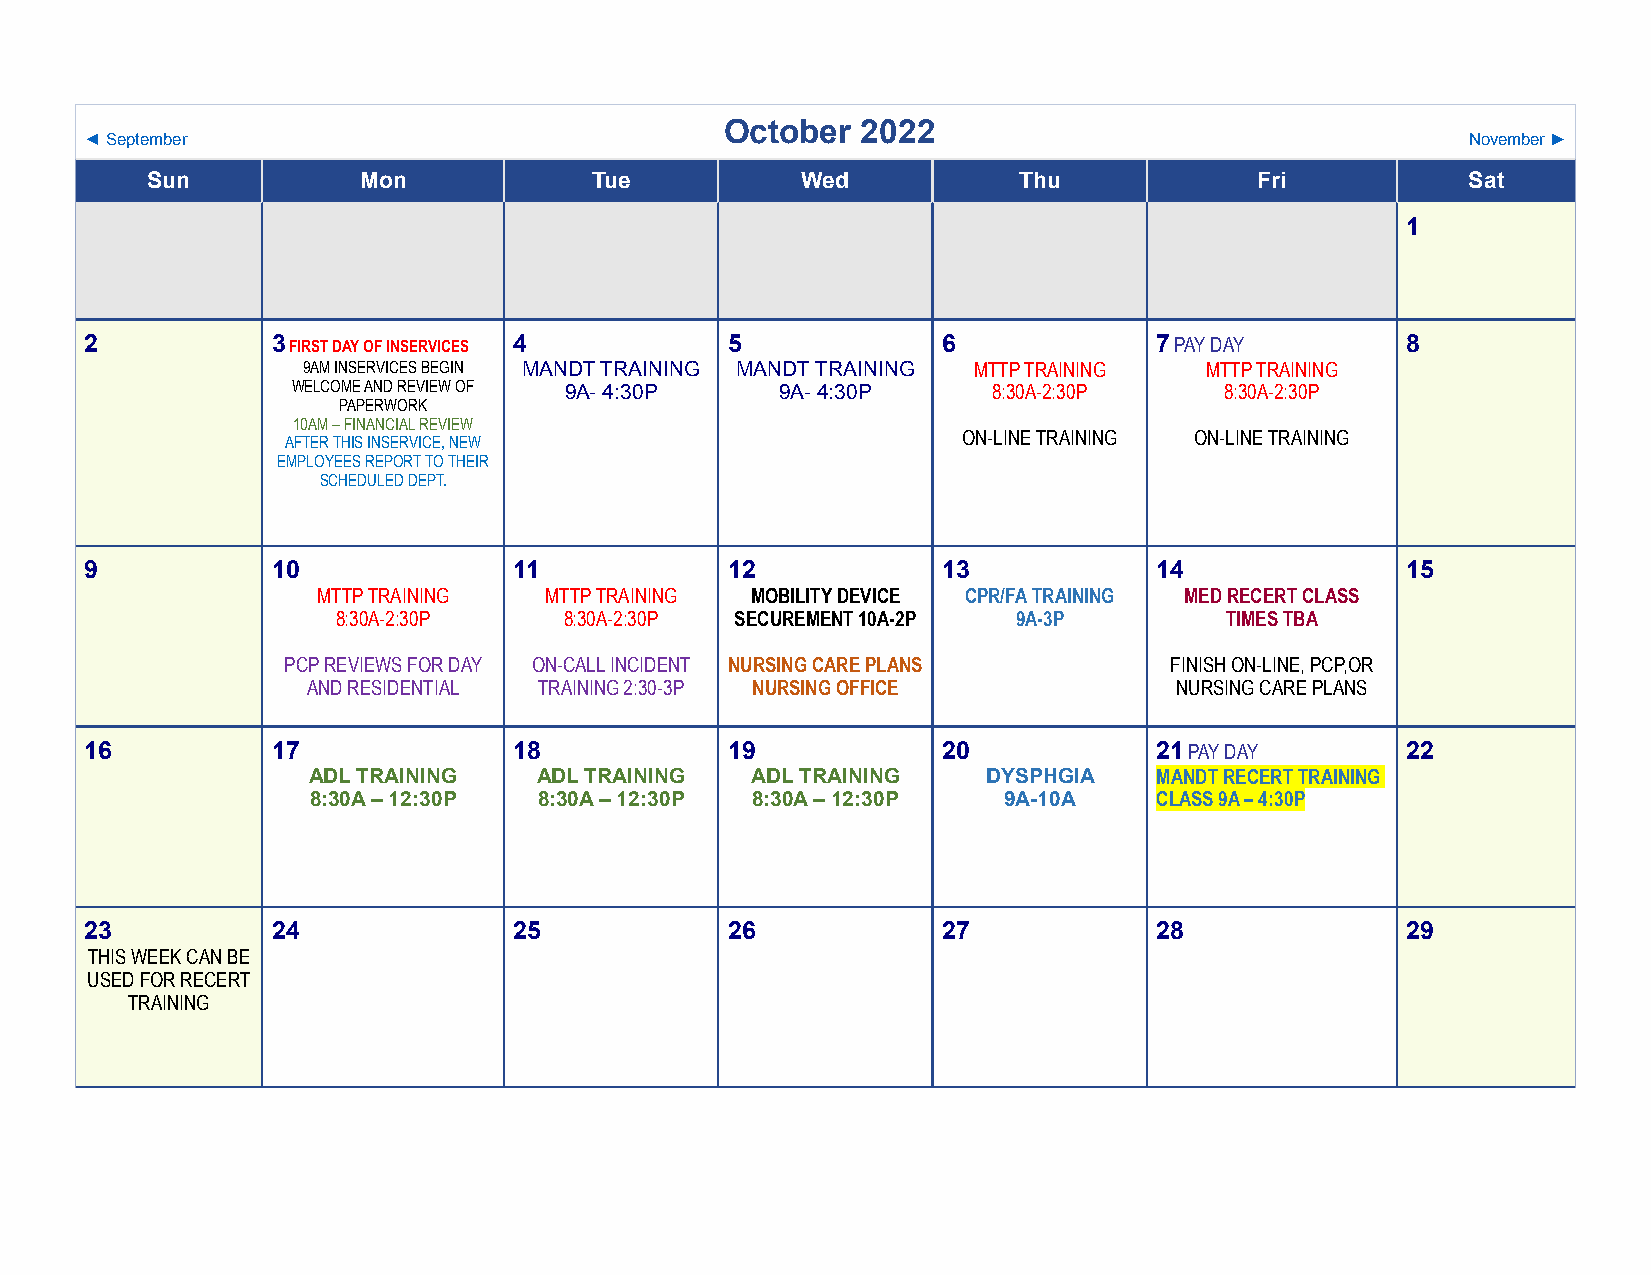
October  2022
 ◄ September                                                                                November ►
 Sun           Mon            Tue           Wed           Thu             Fri           Sat
 1
 2           3 FIRST DAY OF INSERVICES 4   5             6              7 PAY DAY       8
 9AM INSERVICES BEGIN MANDT TRAINING MANDT TRAINING MTTP TRAINING MTTP TRAINING
 WELCOME AND REVIEW OF 9A- 4:30P  9A- 4:30P     8:30A-2:30P    8:30A-2:30P
 PAPERWORK
 10AM – FINANCIAL REVIEW
 AFTER THIS INSERVICE, NEW                    ON-LINE TRAINING ON-LINE TRAINING
 EMPLOYEES REPORT TO THEIR
 SCHEDULED DEPT.
 9           10              11            12            13             14              15
 MTTP TRAINING  MTTP TRAINING MOBILITY DEVICE CPR/FA TRAINING MED RECERT CLASS
 8:30A-2:30P    8:30A-2:30P SECUREMENT 10A-2P 9A-3P         TIMES TBA
 PCP REVIEWS FOR DAY ON-CALL INCIDENT NURSING CARE PLANS   FINISH ON-LINE, PCP,OR
 AND RESIDENTIAL TRAINING 2:30-3P NURSING OFFICE           NURSING CARE PLANS
 16          17              18            19            20             21 PAY DAY      22
 ADL TRAINING    ADL TRAINING  ADL TRAINING   DYSPHGIA    MANDT RECERT TRAINING
 8:30A – 12:30P 8:30A – 12:30P 8:30A – 12:30P 9A-10A     CLASS 9A – 4:30P
 23          24              25            26            27             28              29
 THIS WEEK CAN BE
 USED FOR RECERT
 TRAINING